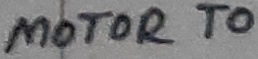
Text: MOTOR TO